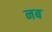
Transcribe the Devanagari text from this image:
नब